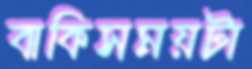
বাকিসময়টা